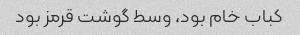
کباب خام بود، وسط گوشت قرمز بود